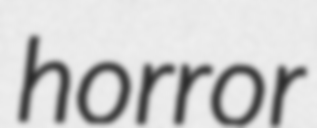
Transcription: horror